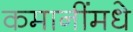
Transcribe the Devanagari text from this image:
कमानींमधे